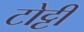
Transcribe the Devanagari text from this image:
टोट्टी